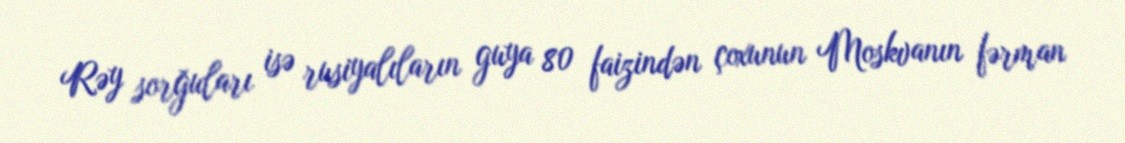
Rəy sorğuları isə rusiyalıların guya 80 faizindən çoxunun Moskvanın fərman